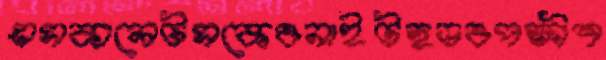
এসকালেটসকেওনাইটহুডওপক্ষীশ